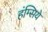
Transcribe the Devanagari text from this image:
हंम्सिये